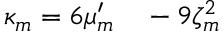
\begin{array} { r l } { \kappa _ { m } = 6 \mu _ { m } ^ { \prime } } & { { } - 9 \zeta _ { m } ^ { 2 } } \end{array}